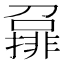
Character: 𡀪